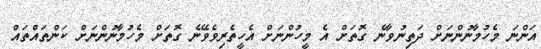
އަންނަ މެހުމާނުންނަށް ދަތިނުވާނެ ގޮތަށް އެ މީހުންނަށް އެހީތެރިވެވޭނެ ގޮތަށް މެހުމާނުންނަށް ކަންތައްތައް